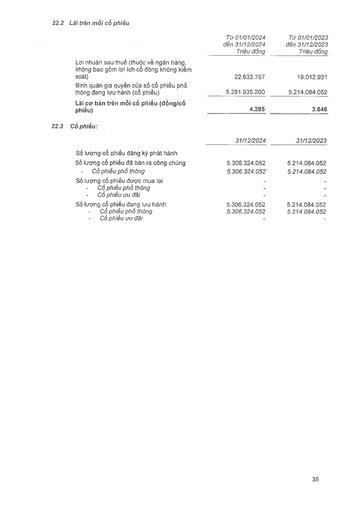
||Tại 01/01/2024 đến 31/12/2024 Triệu đồng|Tại 01/01/2023 đến 31/12/2023 Triệu đồng| |---|---|---| |Lợi nhuận sau thuế (thuộc về ngân hàng, không bao gồm lợi ích cổ đông không kiểm soát)|22.633.757|19.012.931| |Bình quân gia quyền của số cổ phiếu phổ thông đang lưu hành (cổ phiếu)|5.281.935.200|5.214.084.052| |Lãi cơ bản trên mỗi cổ phiếu (đồng/cổ phiếu)|4.285|3.646| ||31/12/2024|31/12/2023| |---|---|---| |Số lượng cổ phiếu đăng ký phát hành||| |Số lượng cổ phiếu đã bán ra công chúng|5.306.324.052|5.214.084.052| |- Cổ phiếu phổ thông|5.306.324.052|5.214.084.052| |Số lượng cổ phiếu được mua lại|-|-| |- Cổ phiếu phổ thông|-|-| |- Cổ phiếu LPU dài|-|-| |Số lượng cổ phiếu đang lưu hành|5.306.324.052|5.214.084.052| |Cổ phiếu phổ thông|5.306.324.052|5.214.084.052| |- Cổ phiếu ưu đãi|-|-|